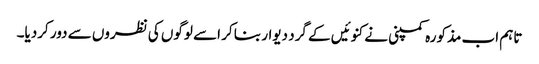
تاہم اب مذکورہ کمپنی نے کنوئیں کے گرد دیوار بنا کر اسے لوگوں کی نظروں سے دور کردیا۔